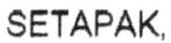
SETAPAK,